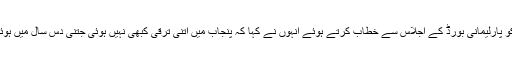
اتوار کو پارلیمانی بورڈ کے اجلاس سے خطاب کرتے ہوئے انہوں نے کہا کہ پنجاب میں اتنی ترقی کبھی نہیں ہوئی جتنی دس سال میں ہوئی ہے۔